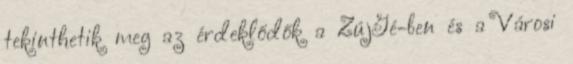
tekinthetik meg az érdeklődők a ZújGé-ben és a Városi